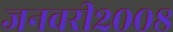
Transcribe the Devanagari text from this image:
जनवरी२००८